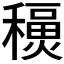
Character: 𥣇